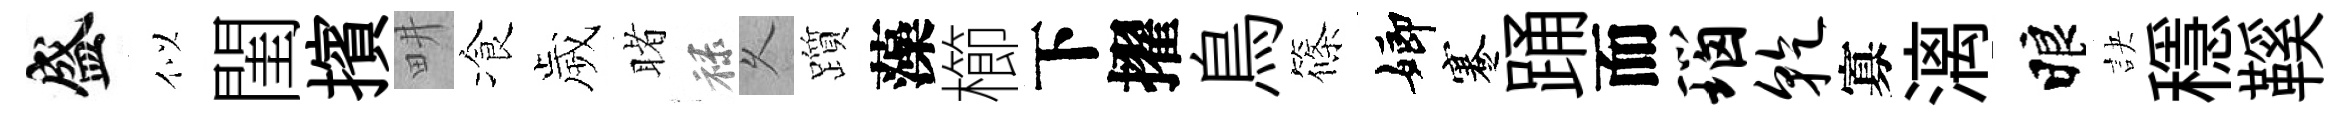
盛似閨擯畊飡歲睹禄乆躓藻櫛下擢鳥篠嫏蹇踊而瑙干寡漓睱訣穩鞵